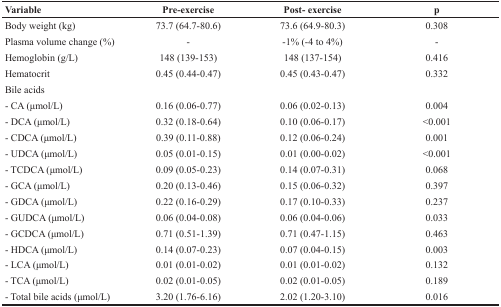
| Variable | Pre-exercise | Post-exercise | p |
 | --- | --- | --- | --- |
 | Body weight (kg) | 73.7 (64.7-80.6) | 73.6 (64.9-80.3) | 0.308 |
 | Plasma volume change (%) | - | −1% (−4 to 4%) | - |
 | Hemoglobin (g/L) | 148 (139-153) | 148 (137-154) | 0.416 |
 | Hematocrit | 0.45 (0.44-0.47) | 0.45 (0.43-0.47) | 0.332 |
 | Bile acids |  |  |  |
 | - CA (μmol/L) | 0.16 (0.06-0.77) | 0.06 (0.02-0.13) | 0.004 |
 | - DCA (μmol/L) | 0.32 (0.18-0.64) | 0.10 (0.06-0.17) | <0.001 |
 | - CDCA (μmol/L) | 0.39 (0.11-0.88) | 0.12 (0.06-0.24) | 0.001 |
 | - UDCA (μmol/L) | 0.05 (0.01-0.15) | 0.01 (0.00-0.02) | <0.001 |
 | - TCDCA (μmol/L) | 0.09 (0.05-0.23) | 0.14 (0.07-0.31) | 0.068 |
 | - GCA (μmol/L) | 0.20 (0.13-0.46) | 0.15 (0.06-0.32) | 0.397 |
 | - GDCA (μmol/L) | 0.22 (0.16-0.29) | 0.17 (0.10-0.33) | 0.237 |
 | - GUDCA (μmol/L) | 0.06 (0.04-0.08) | 0.06 (0.04-0.06) | 0.033 |
 | - GCDCA (μmol/L) | 0.71 (0.51-1.39) | 0.71 (0.47-1.15) | 0.463 |
 | - HDCA (μmol/L) | 0.14 (0.07-0.23) | 0.07 (0.04-0.15) | 0.003 |
 | - LCA (μmol/L) | 0.01 (0.01-0.02) | 0.01 (0.01-0.02) | 0.132 |
 | - TCA (μmol/L) | 0.02 (0.01-0.05) | 0.02 (0.01-0.05) | 0.189 |
 | - Total bile acids (μmol/L) | 3.20 (1.76-6.16) | 2.02 (1.20-3.10) | 0.016 |